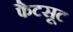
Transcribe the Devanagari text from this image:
फैटसूट